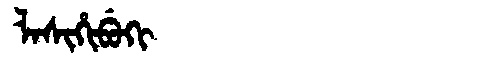
Manchu: ᠯᠠᠰᡳᡥᡳᠪᡠᡴᡳ
Romanization: LASIHIBUKI